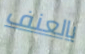
بالعنف